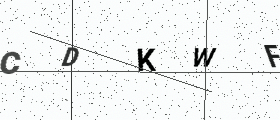
Text: CDKWF